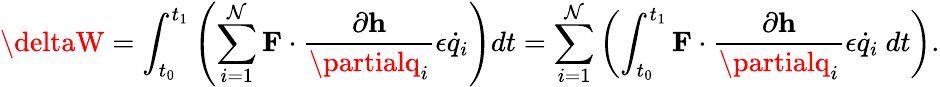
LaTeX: \deltaW=\int_{t_{0}}^{t_{1}}\left(\sum_{i=1}^{\mathcal{N}}\mathbf{{F}}\cdot{\frac{{\partial\mathbf{{h}}}}{{\partialq_{i}}}}\epsilon{\dot{{q}}}_{i}\right)dt=\sum_{i=1}^{\mathcal{N}}\left(\int_{t_{0}}^{t_{1}}\mathbf{{F}}\cdot{\frac{{\partial\mathbf{{h}}}}{{\partialq_{i}}}}\epsilon{\dot{{q}}}_{i}~dt\right).